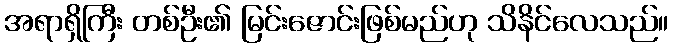
အရာရှိကြီး တစ်ဦး၏ မြင်းဇောင်းဖြစ်မည်ဟု သိနိင်လေသည်။